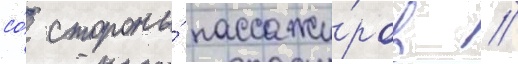
со́ стороны́ пассажи́ров //